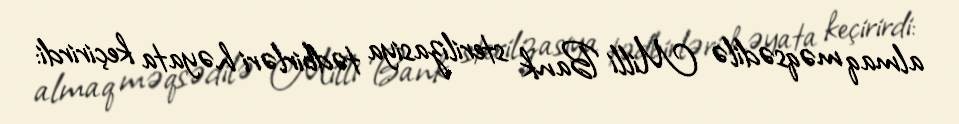
almaq məqsədilə Milli Bank sterilizasiya tədbirləri həyata keçirirdi: